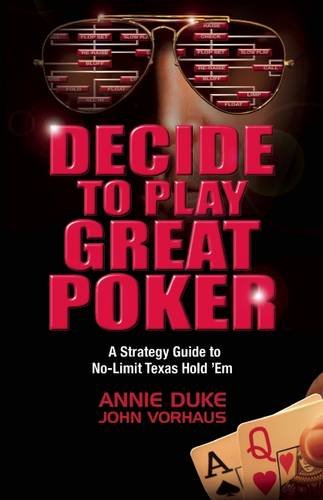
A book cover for Decide to Play Great Poker: A Strategy Guide to No-Limit Texas Hold EEEm; Annie Duke; Humor & Entertainment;